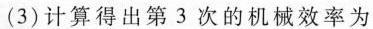
(3) 计算得出第3次的机械效率为